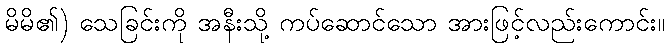
မိမိ၏) သေခြင်းကို အနီးသို့ ကပ်ဆောင်သော အားဖြင့်လည်းကောင်း။